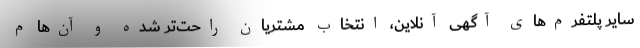
سایر پلتفرم‌های آگهی آنلاین، انتخاب مشتریان راحت‌تر شده و آن‌ها م